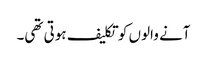
آنے والوں کو تکلیف ہوتی تھی۔